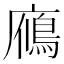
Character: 𪪦